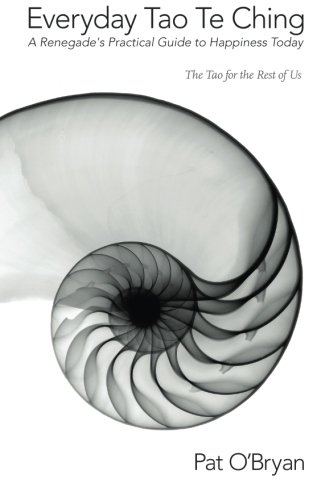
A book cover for Everyday Tao Te Ching: A Renegade's Practical Guide to Happiness Today: The Tao for the Rest of Us; Pat O'Bryan; Religion & Spirituality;